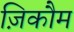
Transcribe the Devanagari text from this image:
ज़िकौम